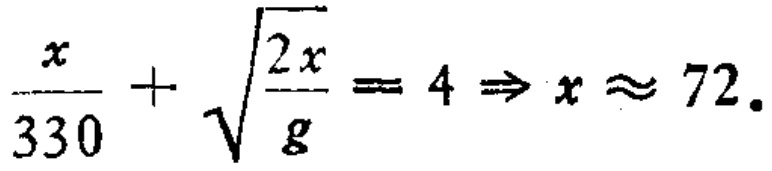
$\frac{x}{330}+\sqrt{\frac{2x}{g}} = 4 \Rightarrow x \approx 72.$